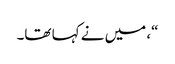
“، میں نے کہا تھا۔